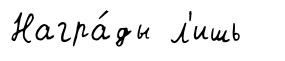
Награ́ды л'ишь